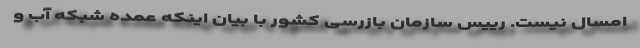
امسال نیست. رییس سازمان بازرسی کشور با بیان اینکه عمده شبکه آب و